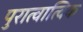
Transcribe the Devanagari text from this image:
पुरात्वात्विक